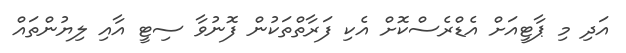
އަދި މި ޕާޓީއަށް އެޑްރެސްކޮށް އެކި ފަރާތްތަކުން ފޮނުވާ ސިޓީ އާއި ލިޔުންތައް